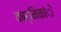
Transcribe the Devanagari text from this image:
कार्मिकांे